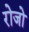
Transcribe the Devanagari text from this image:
रोजो